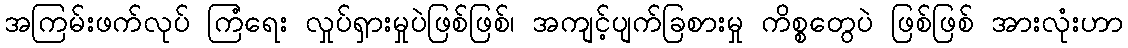
အကြမ်းဖက်လုပ် ကြံရေး လှုပ်ရှားမှုပဲဖြစ်ဖြစ်၊ အကျင့်ပျက်ခြစားမှု ကိစ္စတွေပဲ ဖြစ်ဖြစ် အားလုံးဟာ